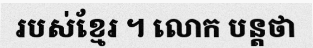
របស់ខ្មែរ ។ លោក បន្តថា